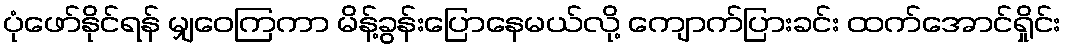
ပုံဖော်နိုင်ရန် မျှဝေကြကာ မိန့်ခွန်းပြောနေမယ်လို့ ကျောက်ပြားခင်း ထက်အောင်ရှိုင်း